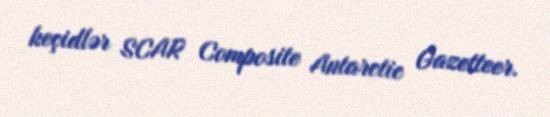
keçidlər SCAR Composite Antarctic Gazetteer.